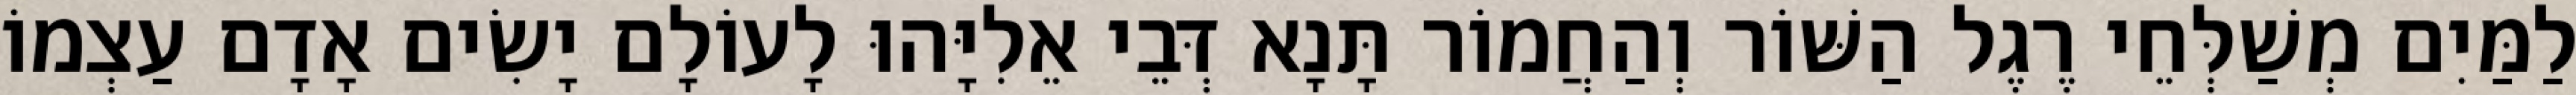
לַמַּיִם מְשַׁלְּחֵי רֶגֶל הַשּׁוֹר וְהַחֲמוֹר תָּנָא דְּבֵי אֵלִיָּהוּ לָעוֹלָם יָשִׂים אָדָם עַצְמוֹ